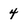
Character: 4